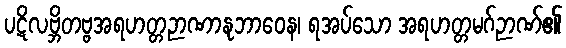
ပဋိလဗ္ဘိတဗ္ဗအရဟတ္တဉာဏာနုဘာဝေန၊ ရအပ်သော အရဟတ္တမဂ်ဉာဏ်၏